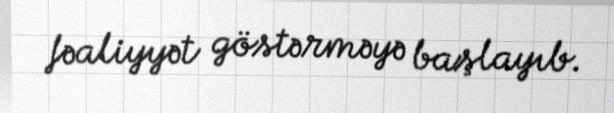
fəaliyyət göstərməyə başlayıb.